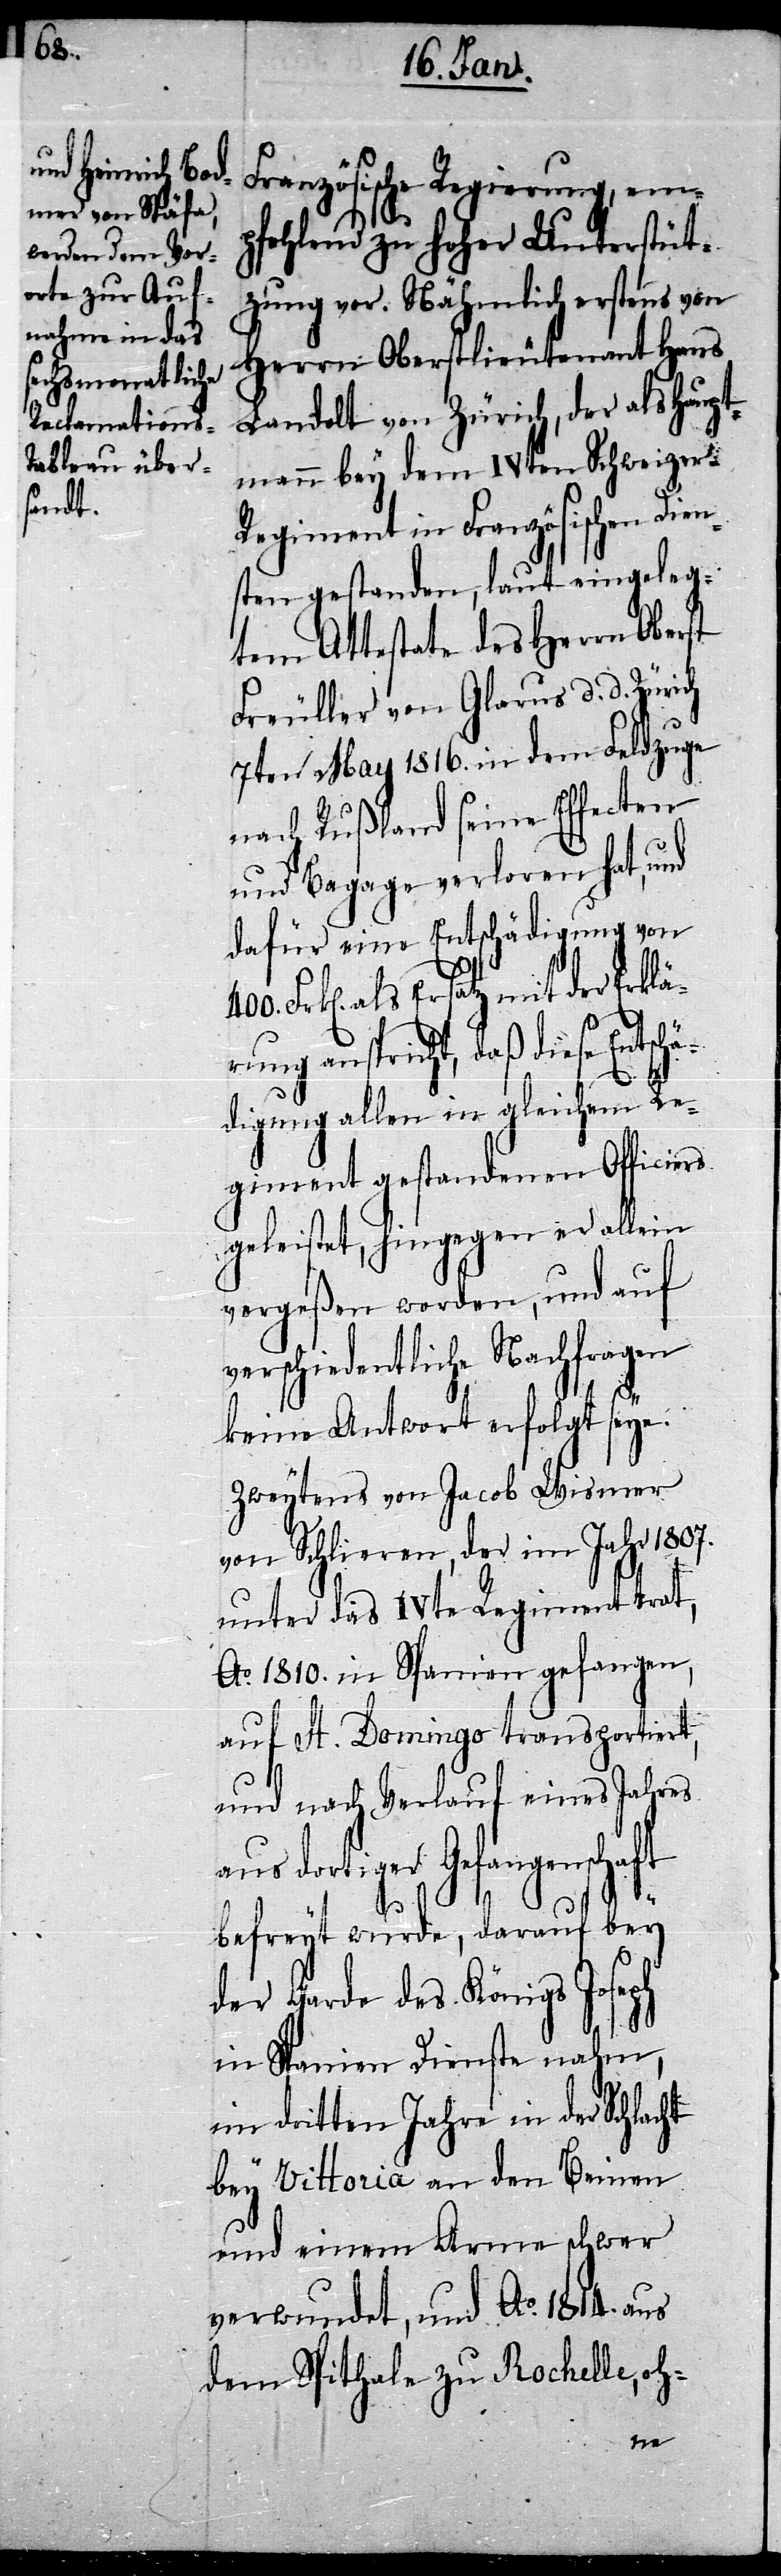
400.

Französische Regierung, em¬
pfehlend zu hoher Unterstüt¬
zung vor. Nähmlich erstens von
Herrn Oberstlieutenant Hans
Landolt von Zürich, der als Haupt¬
mann bey dem IVten Schweizer-R¬
egiment in Französischen Dien¬
sten gestanden, laut eingeleg¬
tem Attestate des Herrn Oberst
Freuller von Glarus d. d. Zürich
7ten May 1816. in dem Feldzuge
nach Rußland seine Effecten
und Bagage verloren hat, und
dafür eine Entschädigung von
Frk[en]. als Ersatz mit der Erklä¬
rung anspricht, daß diese Entsch¬
ädigung allen in gleichem Re¬
giment gestandenen Officiers
geleistet, hingegen er allein
vergeßen worden, und auf
verschiedentliche Nachfragen
keine Antwort erfolgt seye.
Zweytens von Jacob Wismer
von Schlieren, der im Jahr 1807.
unter das IVte Regiment trat,
Ao. 1810. in Spanien gefangen,
auf St. Domingo transportiert,
und nach Verlauf eines Jahres
dortiger Gefangenschaft
befreyt wurde, darauf bey
der Garde des Königs Joseph
in Spanien Dienste nahm,
im dritten Jahre in der Schlacht
bey Vittoria an den Beinen
und einem Arme schwer
verwundet, und Ao. 1814. aus
dem Spithale zu Rochelle, oh-